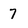
Character: 7